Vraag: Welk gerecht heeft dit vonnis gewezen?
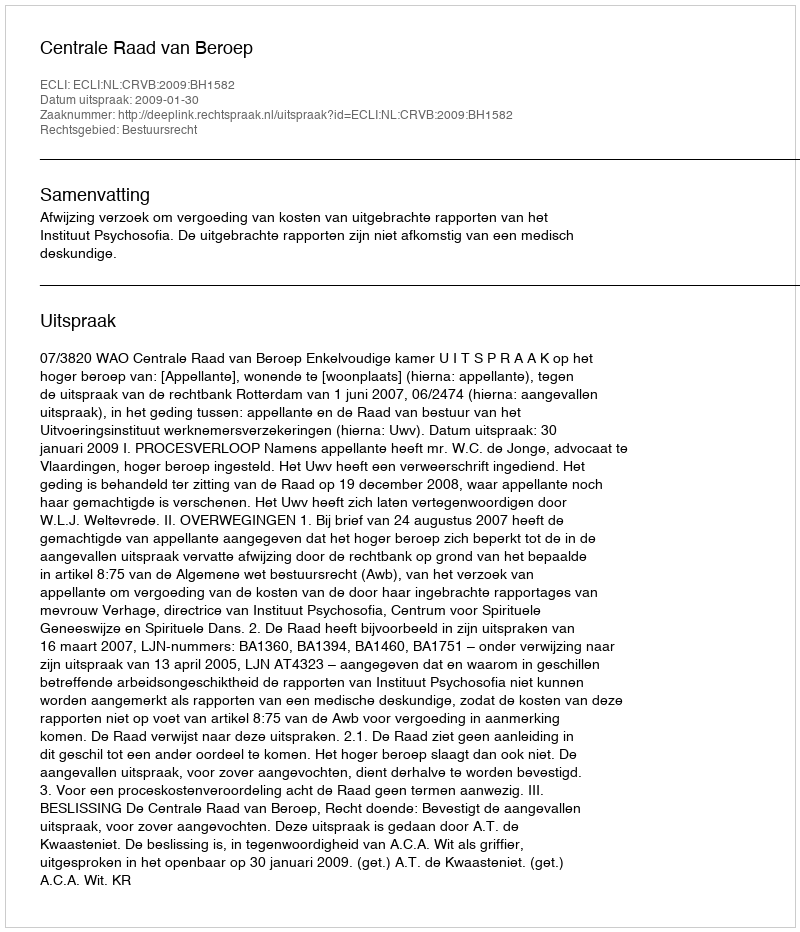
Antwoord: Centrale Raad van Beroep